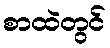
စာထဲတွင်